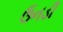
ઉનડી